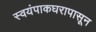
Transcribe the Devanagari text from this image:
स्वयंपाकघरापासून